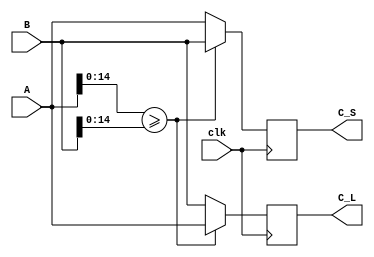
module compare_adder (C_L, C_S, A, B,clk);
input [15:0] A, B;
input clk;
output reg[15:0] C_L, C_S;

always@ (posedge clk)

if (A[14:0]>=B[14:0])
 begin
C_L=A[15:0]; C_S=B[15:0];
 end
 else begin
C_L=B[15:0]; C_S=A[15:0];
 end
endmodule